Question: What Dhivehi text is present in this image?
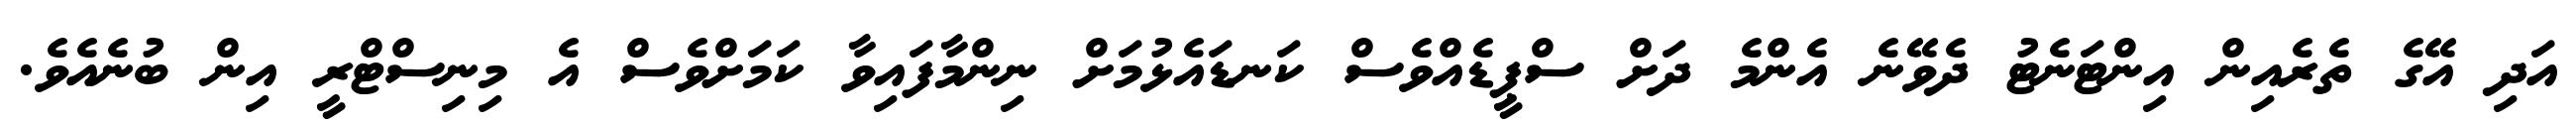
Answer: އަދި އޭގެ ތެރެއިން އިންޓަނެޓު ދެވޭނެ އެންމެ ދަށް ސްޕީޑެއްވެސް ކަނޑައެޅުމަށް ނިންމާފައިވާ ކަމަށްވެސް އެ މިނިސްޓްރީ އިން ބުނެއެވެ.